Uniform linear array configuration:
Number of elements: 24
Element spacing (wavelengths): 0.25
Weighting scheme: uniform
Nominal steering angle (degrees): -60
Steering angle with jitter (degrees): -58.118
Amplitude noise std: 0.05
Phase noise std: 0.05

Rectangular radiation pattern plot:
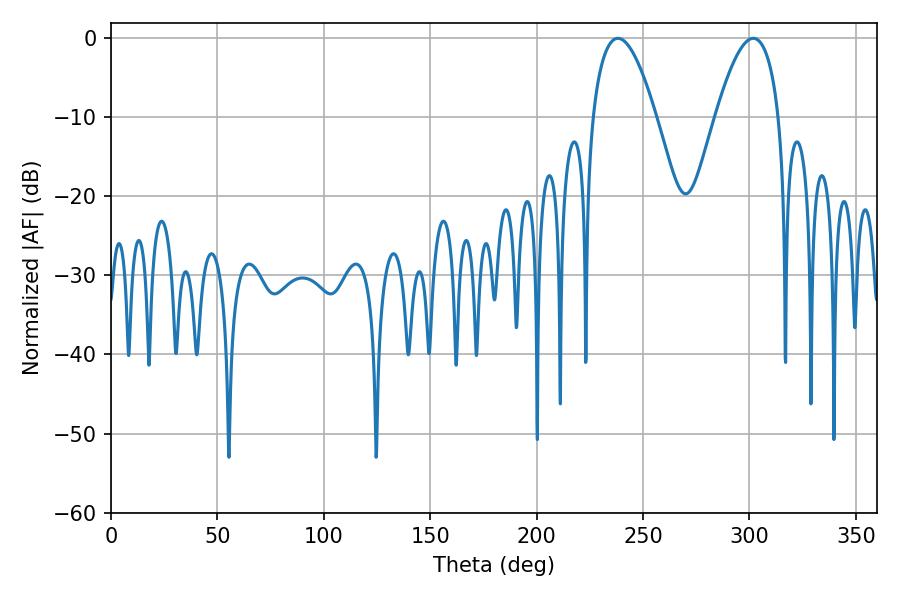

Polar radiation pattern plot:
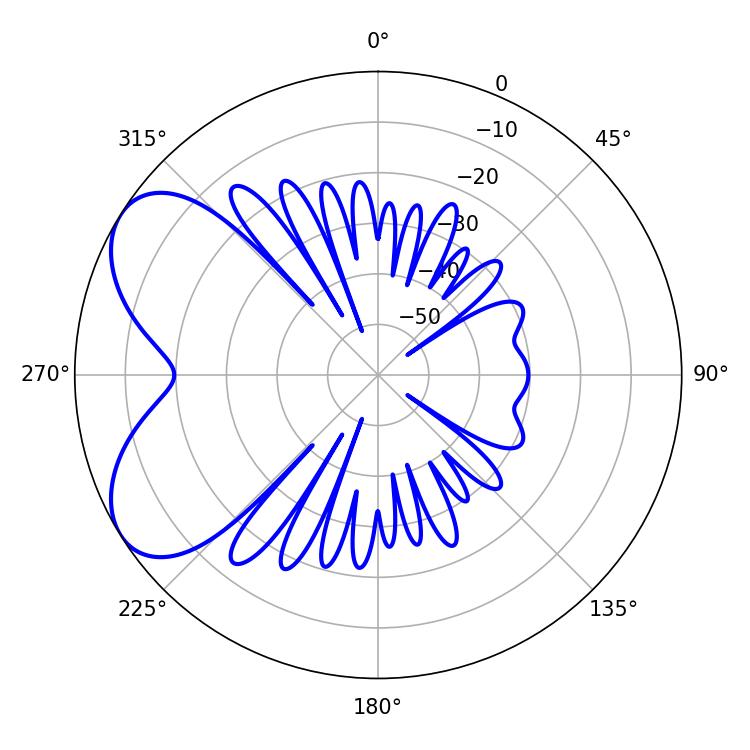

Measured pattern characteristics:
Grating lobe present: FALSE
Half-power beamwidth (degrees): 16.38
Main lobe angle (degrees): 301.86